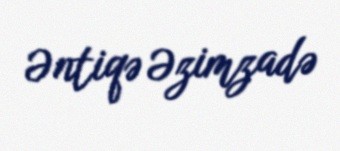
Əntiqə Əzimzadə